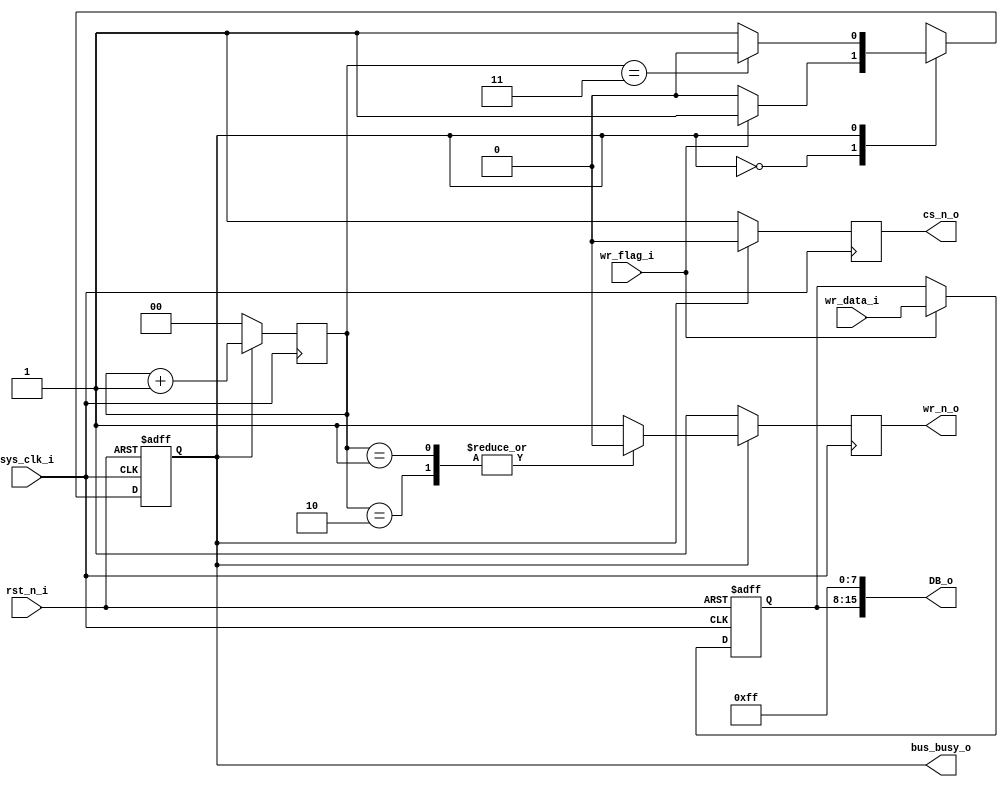
`timescale 1ns / 1ps
// ********************************************************************************** // 
// Company:               
// 
// File name:             ad7656_wr_driver
// Version:               V1.0
// PATH:                  E:\FPGA\module_base\AD7656\ad7656_wr_driver.v
// Descriptions:          
// 
// ********************************************************************************** // 


module ad7656_wr_driver (
    input                               sys_clk_i                  ,// clk100m
    input                               rst_n_i                    ,
    // 
    input                               wr_flag_i                  ,// 
    input              [   7: 0]        wr_data_i                  ,
    output                              bus_busy_o                 ,

    output reg                          wr_n_o                     ,
    output reg                          cs_n_o                     ,

    output             [  15: 0]        DB_o                        
);
// ********************************************************************************** // 
//---------------------------------------------------------------------
// declarations
//---------------------------------------------------------------------
    localparam                          IDLE                      = 0     ;
    localparam                          WRITE                     = 1     ;

    reg                [   0: 0]        next_state                 ;
    reg                [   0: 0]        cur_state                  ;
    reg                [   1: 0]        period_cnt                 ;

    reg                [   7: 0]        data_out                   ;
// ********************************************************************************** // 
//---------------------------------------------------------------------
// logic
//---------------------------------------------------------------------
// ,,
always@(posedge sys_clk_i or negedge rst_n_i)begin
    if(!rst_n_i)
        cur_state <= IDLE;
    else
        cur_state <= next_state;
end

// ,,
always@(*)begin
    case(cur_state)
        IDLE:
            if(wr_flag_i)
                next_state <= WRITE;
            else
                next_state <= IDLE;
        WRITE:
            if(period_cnt == 'd3)
                next_state <= IDLE;
            else
                next_state <= WRITE;
        default:next_state <= IDLE;
    endcase
end

always@(posedge sys_clk_i)begin
    case (cur_state)
        WRITE: period_cnt <= period_cnt + 'd1;
        default: period_cnt <= 'd0;
    endcase
end

always@(posedge sys_clk_i)begin
    case (cur_state)
        WRITE: cs_n_o <= 'd0;
        default: cs_n_o <= 'd1;
    endcase
end

always@(posedge sys_clk_i)begin
    case (cur_state)
        WRITE:
            case (period_cnt)
                1,2: wr_n_o <= 'd0;
                default: wr_n_o <= 'd1;
            endcase
        default: wr_n_o <= 'd1;
    endcase
end

always@(posedge sys_clk_i or negedge rst_n_i)begin
    if(!rst_n_i)
        data_out <= 'd0;
    else if(wr_flag_i)
        data_out <= wr_data_i;
end

    assign                              DB_o                      = {data_out,8'hff};

    assign                              bus_busy_o                = (cur_state == WRITE);
    
endmodule